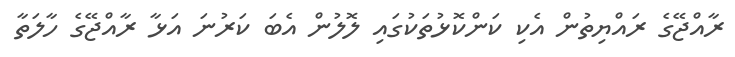
ރާއްޖޭގެ ރައްޔިތުން އެކި ކަންކޮޅުތަކުގައި ލޮލުން އެބަ ކަރުނަ އަޅާ ރާއްޖޭގެ ހާލަތާ